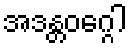
အဒန္တဝဂ္ဂေါ